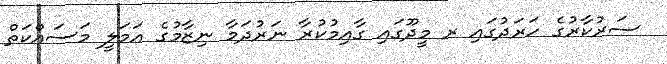
ސަރުކާރުގެ ހަރަދުގައި ރ މީދޫގައި ގާއިމުކުރާ ނަރުދަމާ ނިޒާމުގެ އަމަލީ މަސައްކަތް